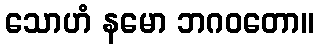
သောဟံ နမော ဘဂဝတော။